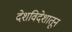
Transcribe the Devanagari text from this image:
देशविदेशातून